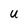
Character: U